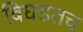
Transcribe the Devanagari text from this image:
बिघडतच